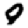
Digit: 9